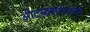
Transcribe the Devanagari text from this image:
ओटयासारख्या